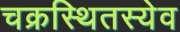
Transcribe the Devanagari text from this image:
चक्रस्थितस्येव